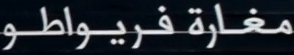
مغارةفريواطو